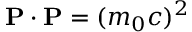
\mathbf { P } \cdot \mathbf { P } = ( m _ { 0 } c ) ^ { 2 }